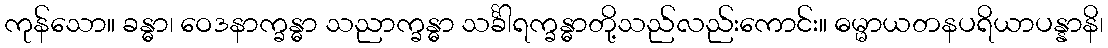
ကုန်သော။ ခန္ဓာ၊ ဝေဒနာက္ခန္ဓာ သညာက္ခန္ဓာ သင်္ခါရက္ခန္ဓာတို့သည်လည်းကောင်း။ ဓမ္မာယတနပရိယာပန္နာနိ၊